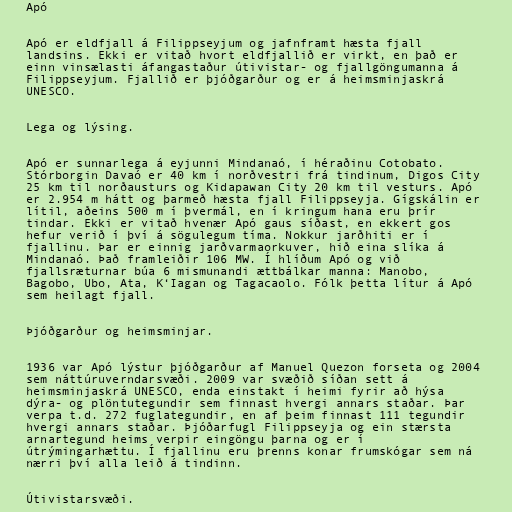
Apó

Apó er eldfjall á Filippseyjum og jafnframt hæsta fjall
landsins. Ekki er vitað hvort eldfjallið er virkt, en það er
einn vinsælasti áfangastaður útivistar- og fjallgöngumanna á
Filippseyjum. Fjallið er þjóðgarður og er á heimsminjaskrá
UNESCO.

Lega og lýsing.

Apó er sunnarlega á eyjunni Mindanaó, í héraðinu Cotobato.
Stórborgin Davaó er 40 km í norðvestri frá tindinum, Digos City
25 km til norðausturs og Kidapawan City 20 km til vesturs. Apó
er 2.954 m hátt og þarmeð hæsta fjall Filippseyja. Gígskálin er
lítil, aðeins 500 m í þvermál, en í kringum hana eru þrír
tindar. Ekki er vitað hvenær Apó gaus síðast, en ekkert gos
hefur verið í því á sögulegum tíma. Nokkur jarðhiti er í
fjallinu. Þar er einnig jarðvarmaorkuver, hið eina slíka á
Mindanaó. Það framleiðir 106 MW. Í hlíðum Apó og við
fjallsræturnar búa 6 mismunandi ættbálkar manna: Manobo,
Bagobo, Ubo, Ata, K‘Iagan og Tagacaolo. Fólk þetta lítur á Apó
sem heilagt fjall.

Þjóðgarður og heimsminjar.

1936 var Apó lýstur þjóðgarður af Manuel Quezon forseta og 2004
sem náttúruverndarsvæði. 2009 var svæðið síðan sett á
heimsminjaskrá UNESCO, enda einstakt í heimi fyrir að hýsa
dýra- og plöntutegundir sem finnast hvergi annars staðar. Þar
verpa t.d. 272 fuglategundir, en af þeim finnast 111 tegundir
hvergi annars staðar. Þjóðarfugl Filippseyja og ein stærsta
arnartegund heims verpir eingöngu þarna og er í
útrýmingarhættu. Í fjallinu eru þrenns konar frumskógar sem ná
nærri því alla leið á tindinn.

Útivistarsvæði.